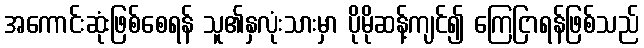
အကောင်းဆုံးဖြစ်စေရန် သူ၏နှလုံးသားမှာ ပိုမိုဆန့်ကျင်၍ ကြေငြာရန်ဖြစ်သည်